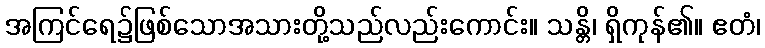
အကြင်ရေ၌ဖြစ်သောအသားတို့သည်လည်းကောင်း။ သန္တိ၊ ရှိကုန်၏။ ဧတံ၊